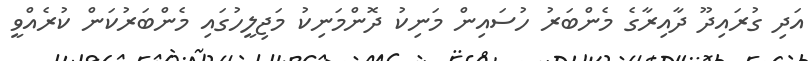
އަދި ގުރައިދޫ ދާއިރާގެ މެންބަރު ހުސައިން މަނިކު ދޮންމަނިކު މަޖިލީހުގައި މެންބަރުކަން ކުރެއްވީ